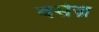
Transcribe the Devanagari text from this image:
वर्सज़